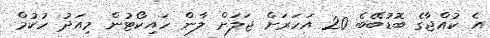
އެ ކުއްޖާގެ ބޮޑުބޭބެ 20 އަހަރަށް ޖަލަށް ލާން ހައިކޯޓުން މިއަދު ހުކުމް